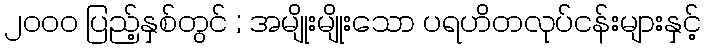
၂၀၀၀ ပြည့်နှစ်တွင် ; အမျိုးမျိုးသော ပရဟိတလုပ်ငန်းများနှင့်